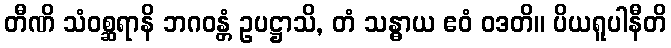
တီဏိ သံဝစ္ဆရာနိ ဘဂဝန္တံ ဥပဋ္ဌာသိ, တံ သန္ဓာယ ဧဝံ ဝဒတိ။ ပိယရူပါနီတိ